Document type: Dowry acquittance
Year: 1427
Scribe: Pere Tarafa
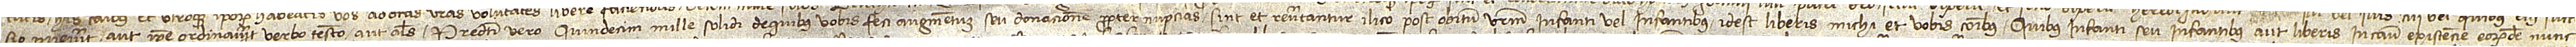
sio pervenerit aut ipse ordinaverit verbo testamento aut alias. Predicti vero quindecim mille solidi de quibus vobis feci augmentum seu donacionem propter nupcias sint et revertantur ilico post obitum vestrum infanti vel infantibus, idest liberis, michi et vobis comunibus. Quibus infanti seu infantibus aut liberis in casu existencie eorumdem nunc